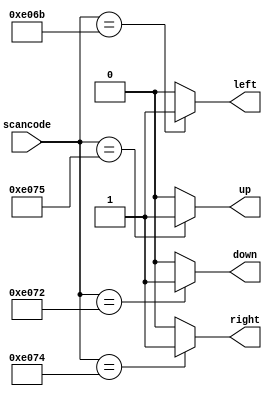
/* 
    https://hdlbits.01xz.net/wiki/Always_nolatches
*/

/* 
    Assign a "default value" to the outputs before the case statement, if there are too many cases in default.

    always @(*) begin
        up = 1'b0; down = 1'b0; left = 1'b0; right = 1'b0;
        case (scancode)
            ... // Set to 1 as necessary.
        endcase
    end
*/

// synthesis verilog_input_version verilog_2001
module top_module (
    input [15:0] scancode,
    output reg left,
    output reg down,
    output reg right,
    output reg up  );

    always @(*) begin
        up = 1'b0; down = 1'b0; left = 1'b0; right = 1'b0;
        case (scancode)
            16'he06b: left = 1;
            16'he072: down = 1;
            16'he074: right = 1;
            16'he075: up = 1;
            default: ;
        endcase
    end

endmodule